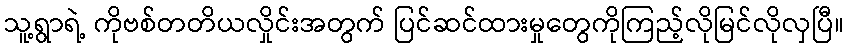
သူ့ရွာရဲ့ ကိုဗစ်တတိယလှိုင်းအတွက် ပြင်ဆင်ထားမှုတွေကိုကြည့်လိုမြင်လိုလှပြီ။